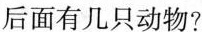
后面有几只动物?